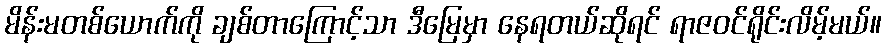
မိန်းမတစ်ယောက်ကို ချစ်တာကြောင့်သာ ဒီမြေမှာ နေရတယ်ဆိုရင် ရာဇဝင်ရိုင်းလိမ့်မယ်။